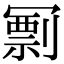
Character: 𠖟